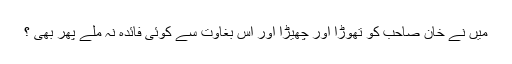
میں نے خان صاحب کو تھوڑا اور چھیڑا اور اس بغاوت سے کوئی فائدہ نہ ملے پھر بھی ؟